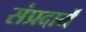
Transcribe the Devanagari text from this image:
संप्रदायें